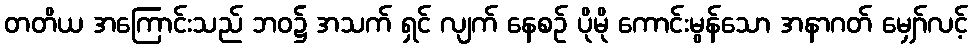
တတိယ အကြောင်းသည် ဘဝ၌ အသက် ရှင် လျက် နေစဉ် ပိုမို ကောင်းမွန်သော အနာဂတ် မျှော်လင့်